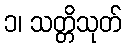
၁၊ သတ္တိသုတ်